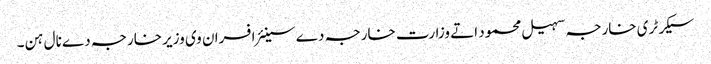
سیکرٹری خارجہ سہیل محمود اتے وزارت خارجہ دے سینئر افسران وی وزیر خارجہ دے نال ہن۔